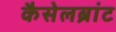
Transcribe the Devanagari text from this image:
कैसेलब्रांट